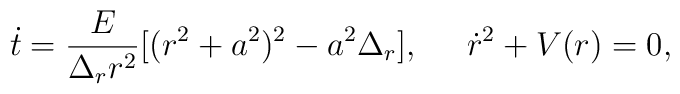
\dot{t}=\frac{E}{\Delta_r r^2}[(r^2+a^2)^2-a^2\Delta_r],\;\;\;\;\;\dot{r}^2+V(r)=0,